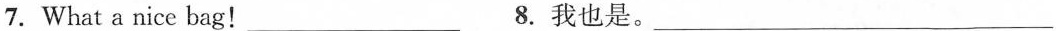
7.What a nice bag! ___ 8. 我也是。___